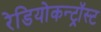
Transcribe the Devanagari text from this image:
रेडियोकन्ट्रॉस्ट